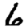
Digit: 6